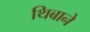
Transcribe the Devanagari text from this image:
थिबाने